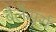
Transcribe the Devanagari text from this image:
बैलेंसर्स